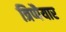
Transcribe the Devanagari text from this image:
त्रिप्पैयार